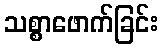
သစ္စာဖောက်ခြင်း